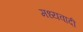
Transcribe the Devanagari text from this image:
मध्यवादी